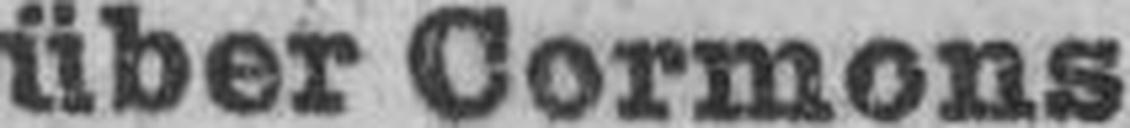
über Cormons